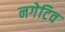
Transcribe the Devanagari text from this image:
नगेटिव